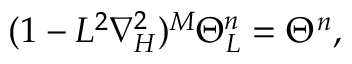
( 1 - L ^ { 2 } \nabla _ { H } ^ { 2 } ) ^ { M } \Theta _ { L } ^ { n } = \Theta ^ { n } ,